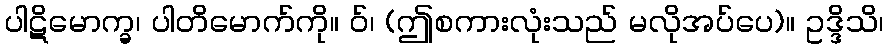
ပါဋိမောက္ခ၊ ပါတိမောက်ကို။ ဝ်၊ (ဤစကားလုံးသည် မလိုအပ်ပေ)။ ဥဒ္ဒိသိ၊